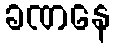
ခဏနေ